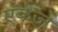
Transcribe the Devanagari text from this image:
एकेज़